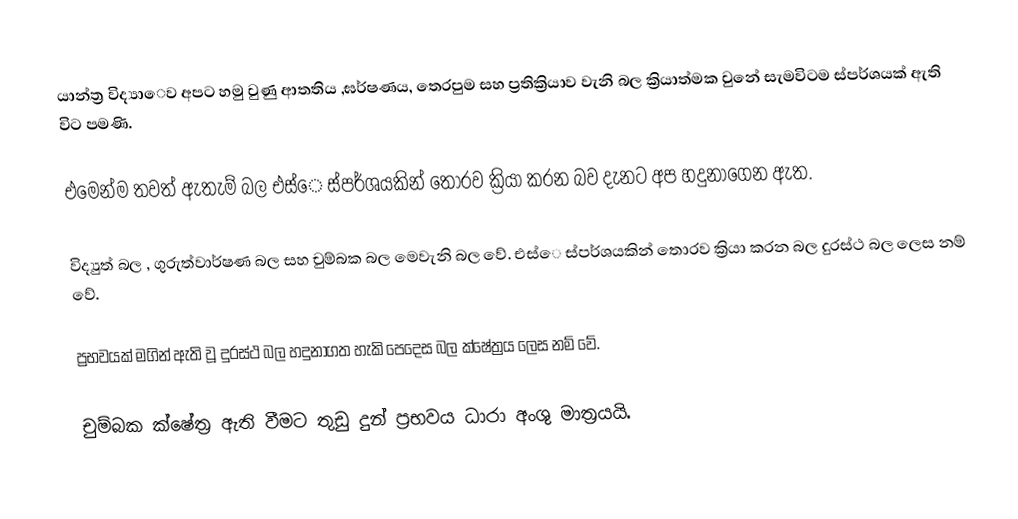
යාන්ත්‍ර විද්‍යාෙව අපට හමු වුණු ආතතිය ,ඝර්ෂණය, ත‍ෙරපුම සහ ප්‍රතික්‍රියාව වැනි බල ක්‍රියාත්මක වුනේ සැමවිටම ස්පර්ශයක් ඇති විට පමණි.

එමෙන්ම තවත් ඇතැම් බල එස්‍ෙ ස්පර්ශයකින් තොරව ක්‍රියා කරන බව දැනට අප හදුනාගෙන ඇත.

විද්‍යුත් බල , ගුරුත්වාර්ෂණ බල සහ චුම්බක බල මෙවැනි බල වේ. එස්‍ෙ ස්පර්ශයකින් තොරව ක්‍රියා කරන බල දුරස්ථ බල ලෙස නම් වේ.

ප්‍රභවයක් මගින් ඇති වූ දුරස්ථ බල හදුනාගත හැකි පෙදෙස බල ක්ෂේත්‍රය ලෙස නම් වේ.

චුම්බක ක්ෂේත්‍ර ඇති වීමට තුඩු දුන් ප්‍රභවය ධාරා අංශු මාත්‍රයයි.